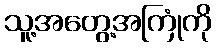
သူ့အတွေ့အကြုံကို